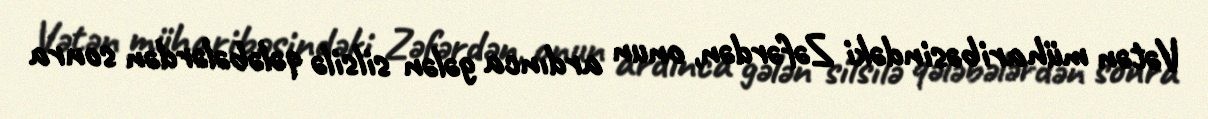
Vətən müharibəsindəki Zəfərdən, onun ardınca gələn silsilə qələbələrdən sonra